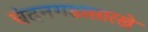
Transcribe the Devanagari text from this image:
चंदनगडासारखे